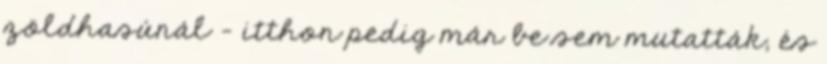
zöldhasúnál - itthon pedig már be sem mutatták, és